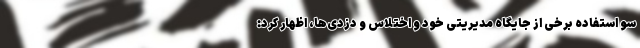
سو استفاده برخی از جایگاه مدیریتی خود و اختلاس و دزدی‌ها، اظهار کرد: